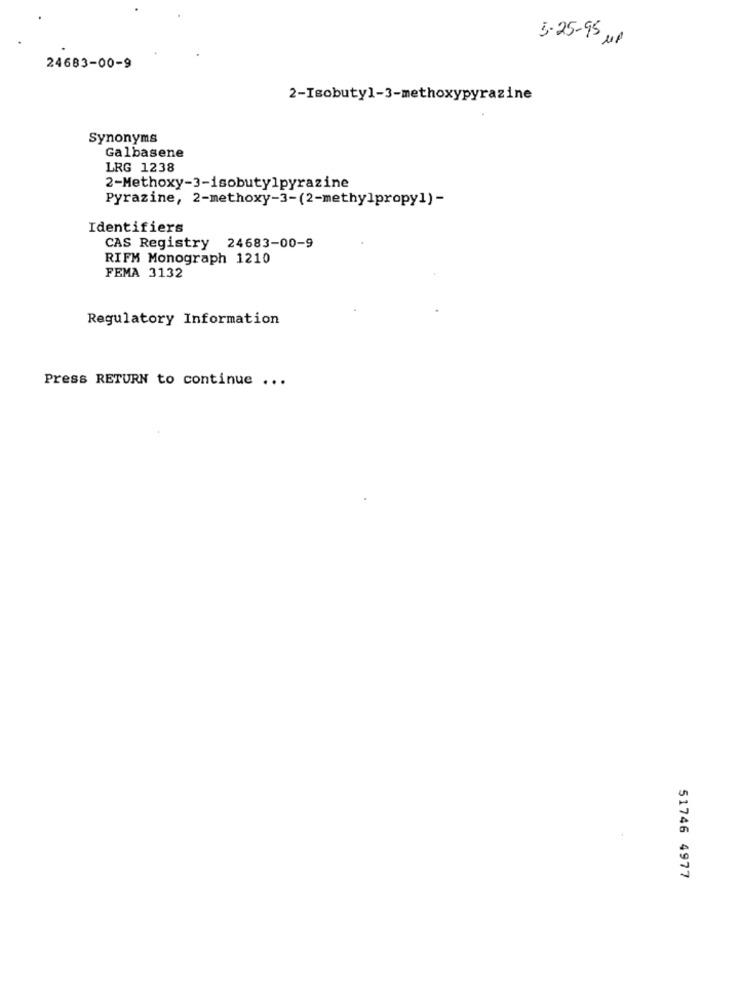
5-25-95 UP
24683-00-9
2-Isobutyl-3-methoxypyrazine
Synonyms
Galbasene
LRG 1238
2-Methoxy-3-isobutylpyrazine
Pyrazine, 2-methoxy-3-(2-methylpropy1) -
Identifiers
CAS Registry 24683-00-9
RIFM Monograph 1210
FEMA 3132
Regulatory Information
Press RETURN to continue ...
51746 4977